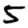
Digit: 5